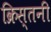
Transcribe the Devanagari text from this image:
क्रिस्तनी